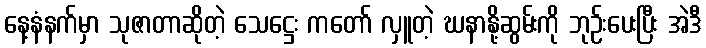
နေ့နံနက်မှာ သုဇာတာဆိုတဲ့ သေဋ္ဌေး ကတော် လှူတဲ့ ဃနာနို့ဆွမ်းကို ဘုဉ်းပေးပြီး အဲဒီ